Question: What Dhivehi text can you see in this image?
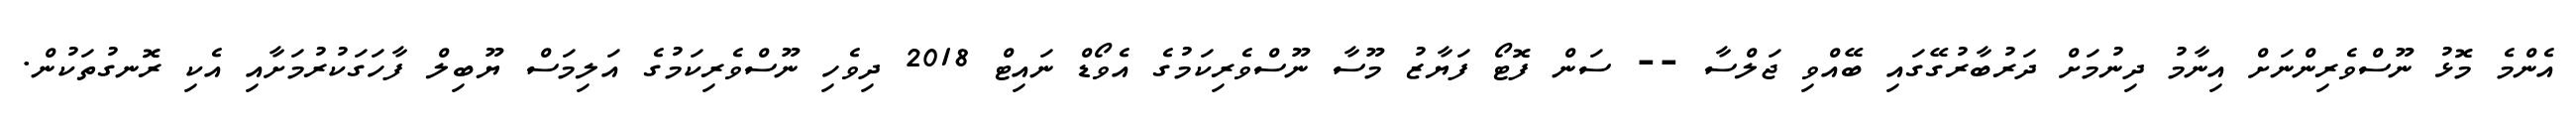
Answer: އެންމެ މޮޅު ނޫސްވެރިންނަށް އިނާމު ދިނުމަށް ދަރުބާރުގޭގައި ބޭއްވި ޖަލްސާ -- ސަން ފޮޓޯ ފަޔާޒު މޫސާ ނޫސްވެރިކަމުގެ އެވޯޑް ނައިޓް 2018 ދިވެހި ނޫސްވެރިކަމުގެ އަލިމަސް ޔޫބިލް ފާހަގަކުރުމަށާއި އެކި ރޮނގުތަކުން.